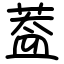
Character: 葢